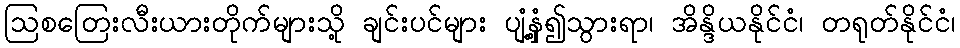
ဩစတြေးလီးယားတိုက်များသို့ ချင်းပင်များ ပျံ့နှံ့၍သွားရာ၊ အိန္ဒိယနိုင်ငံ၊ တရုတ်နိုင်ငံ၊